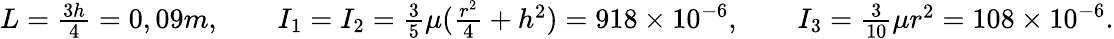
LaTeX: \begin{array}{r}{L=\frac{3h}{4}=0,09m,\qquad I_{1}=I_{2}=\frac{3}{5}\mu(\frac{r^{2}}{4}+h^{2})=918\times 10^{-6},\qquad I_{3}=\frac{3}{10}\mu r^{2}=108\times 10^{-6}.}\end{array}